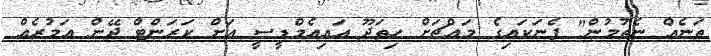
ތަނެއް ނެތުމުން" ފެނަކައިގެ މައްޗަށް ހިތަދޫ އައިއެމްޑީސީ އަށް ކަރަންޓް ދޭން އަމުރެއް